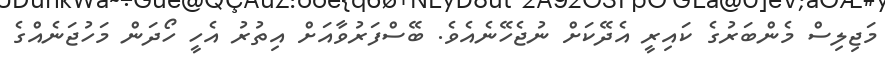
މަޖިލިސް މެންބަރުގެ ކައިރީ އެދޭކަށް ނުޖެހޭނެއެވެ. ބޭސްފަރުވާއަށް އިތުރު އެހީ ހޯދަން މަހުޖަނެއްގެ